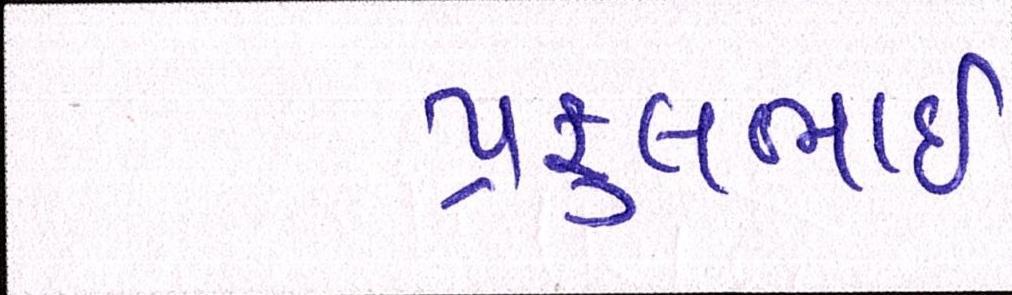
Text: પ્રફુલભાઈ